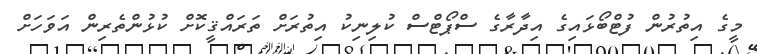
މީގެ އިތުރުން ފުޓްބޯޅައިގެ އިދާރާގެ ސްޕޯޓްސް ކުލިނިކު އިތުރަށް ތަރައްޤީކޮށް ކުޅުންތެރިން އަވަހަށް